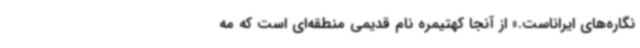
نگاره‌های ایراناست.» از آنجا کهتیمره نام قدیمی منطقه‌ای است که مه